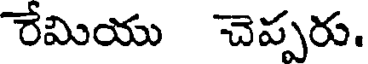
రేమియు చెప్పరు.